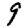
Digit: 9